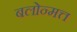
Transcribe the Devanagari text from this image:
बलोन्मत्त